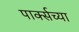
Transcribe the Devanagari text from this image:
पार्क्सच्या